65_HS1-834228961_62-HQ-83894_Serial_164
Agency: FBI
Page 97
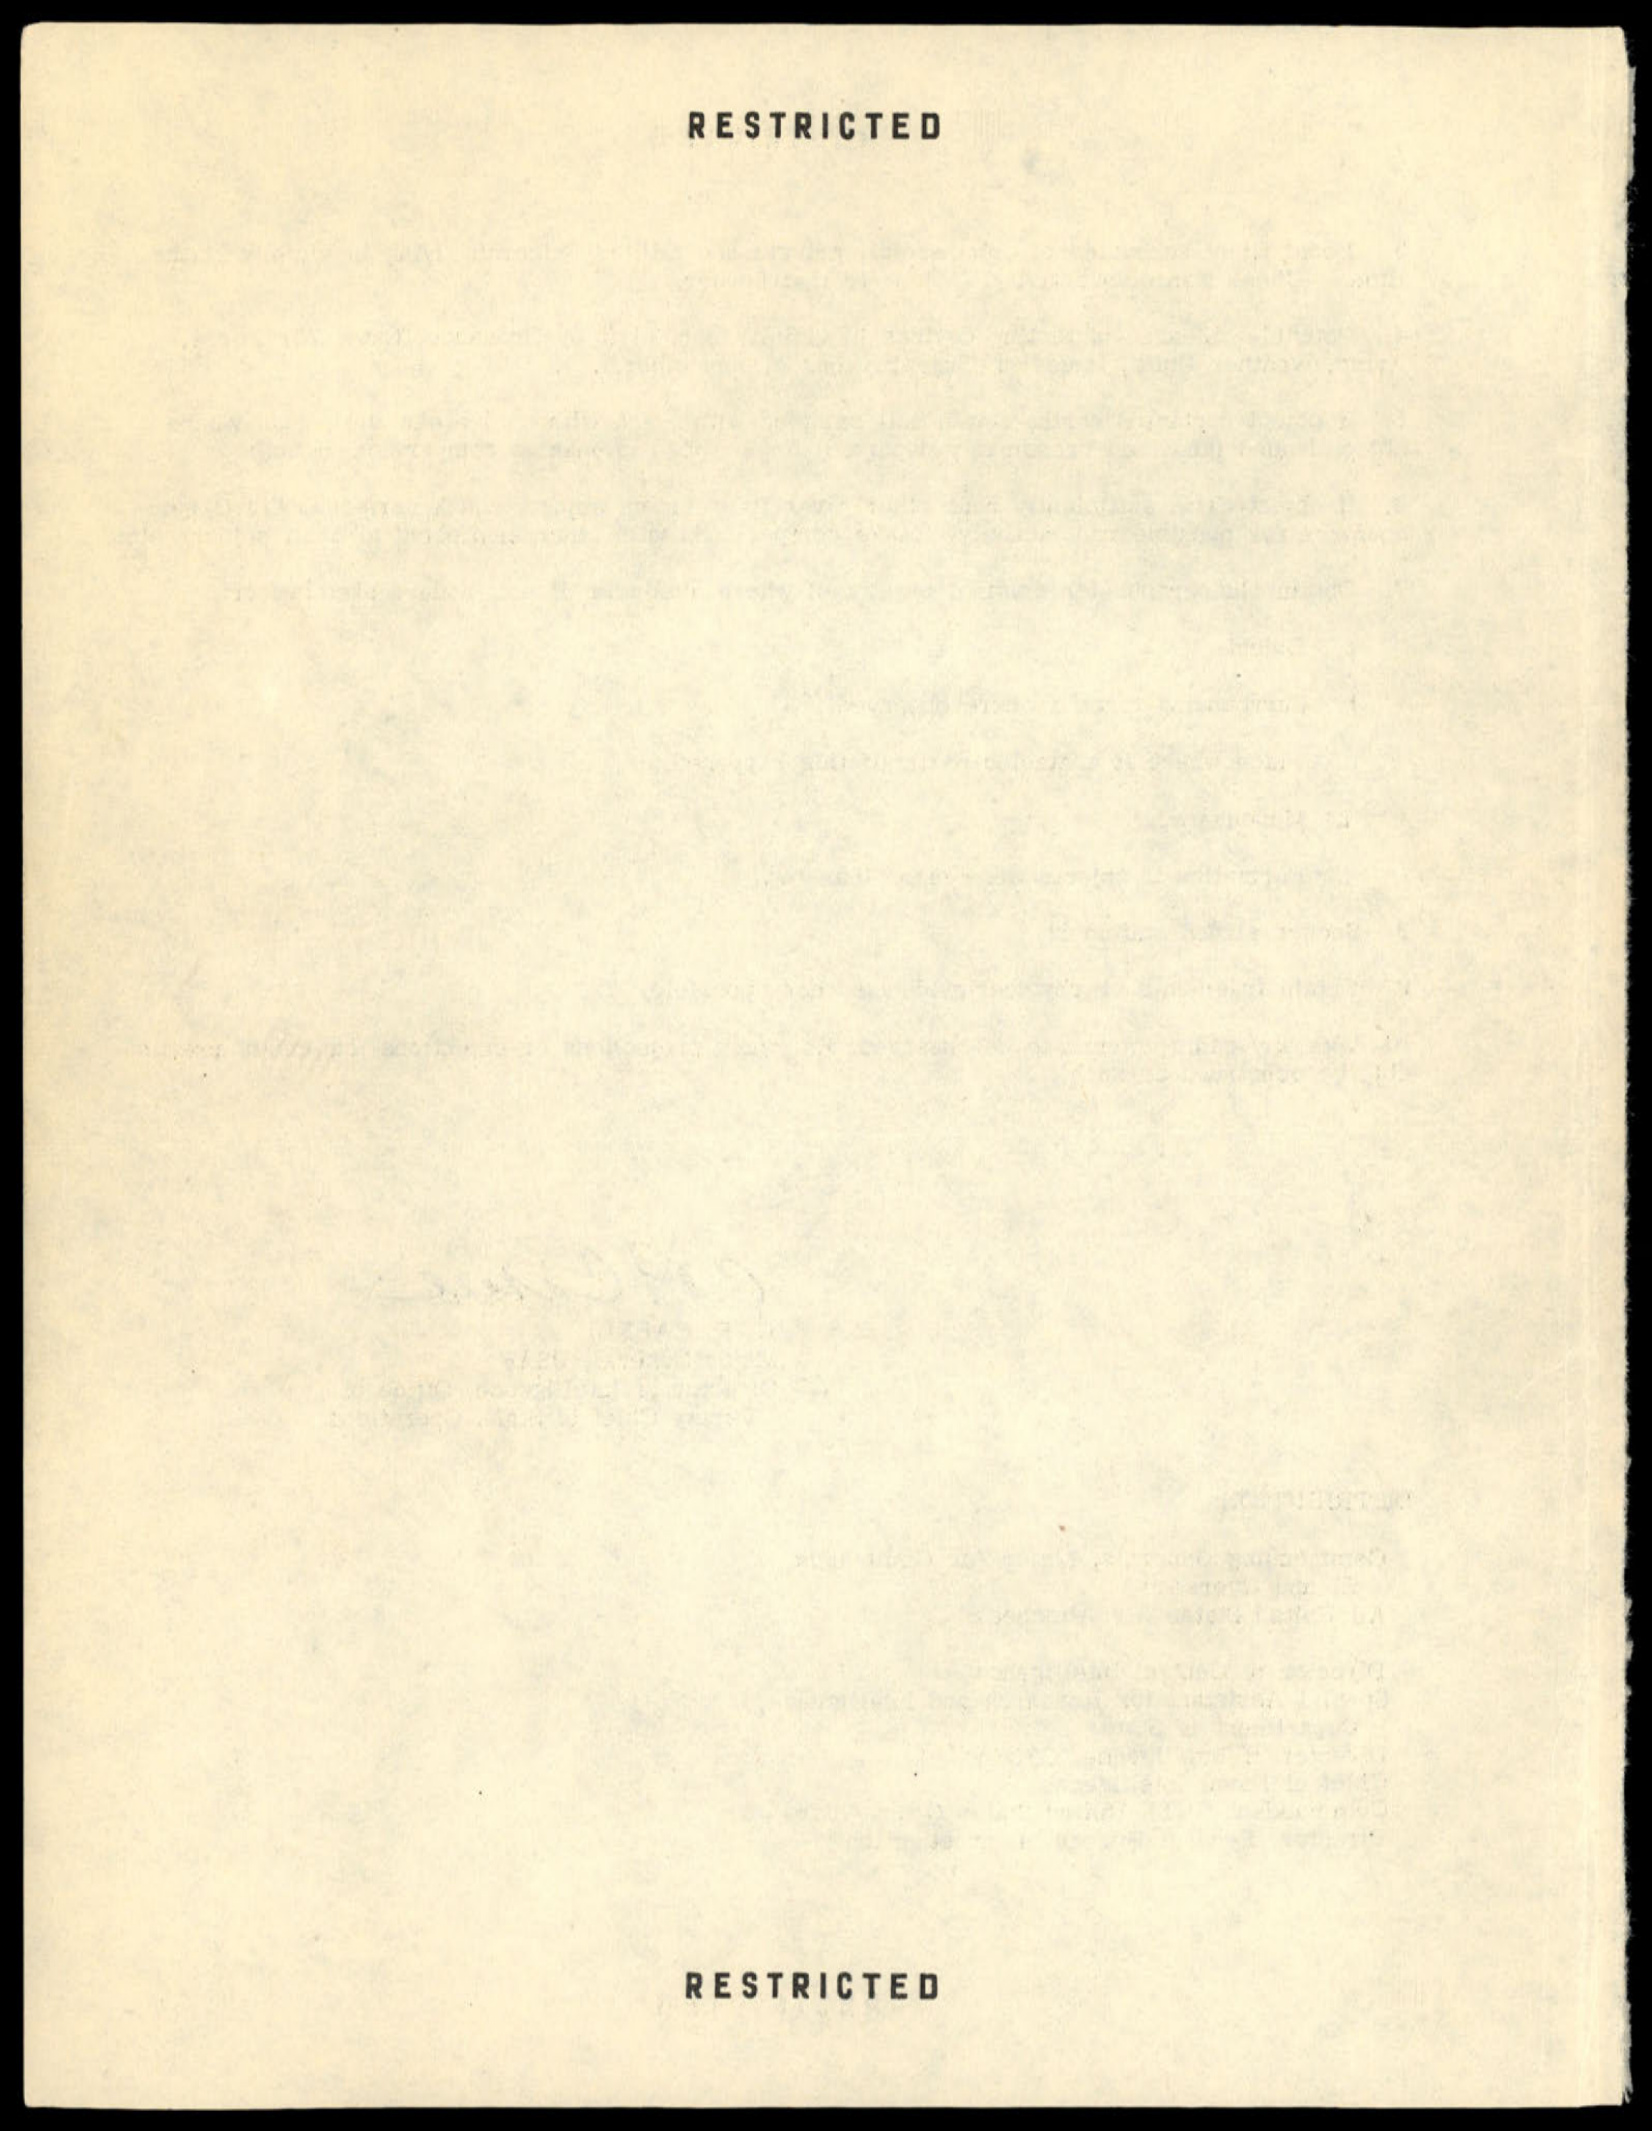